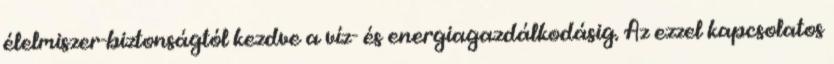
élelmiszer-biztonságtól kezdve a víz- és energiagazdálkodásig. Az ezzel kapcsolatos